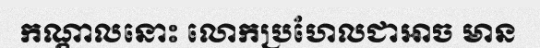
កណ្តាលនោះ លោកប្រហែលជាអាច មាន